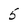
Character: 5